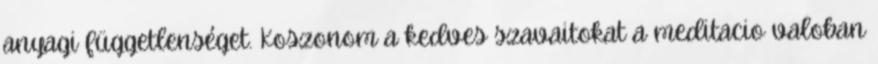
anyagi függetlenséget. Koszonom a kedves szavaitokat a meditacio valoban